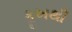
કૂખથી